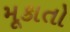
મૂકાતો